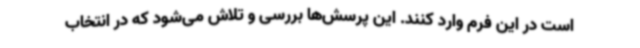
است در این فرم وارد کنند. این پرسش‌ها بررسی و تلاش می‌شود که در انتخاب